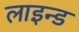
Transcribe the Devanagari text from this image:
लाइन्‍ड